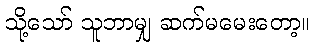
သို့သော် သူဘာမျှ ဆက်မမေးတော့။